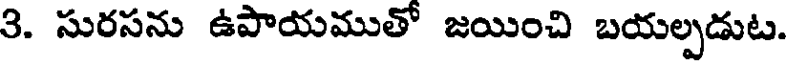
3. సురసను ఉపాయముతో జయించి బయల్పడుట.